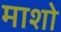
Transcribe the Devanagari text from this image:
माशो